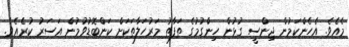
މެއެވެ. އެހެންކަމުން ޖިންސީ ގުޅުން ހިންގުމުގެ ތަފާތު މަރުހަލާތަކަށް ކަންބޮޑުވުމުން އަސަރު ކުރެއެވެ.